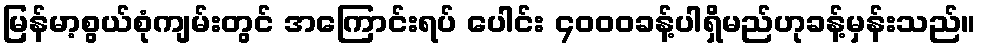
မြန်မာ့စွယ်စုံကျမ်းတွင် အကြောင်းရပ် ပေါင်း ၄၀၀၀ခန့်ပါရှိမည်ဟုခန့်မှန်းသည်။